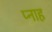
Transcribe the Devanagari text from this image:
प्नाह